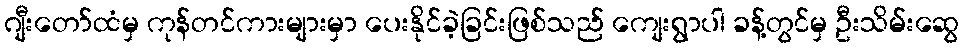
ဂျီးတော်ထံမှ ကုန်တင်ကားများမှာ ပေးနိုင်ခဲ့ခြင်းဖြစ်သည် ကျေးရွာပါ ခန့်တွင်မှ ဦးသိမ်းဆွေ